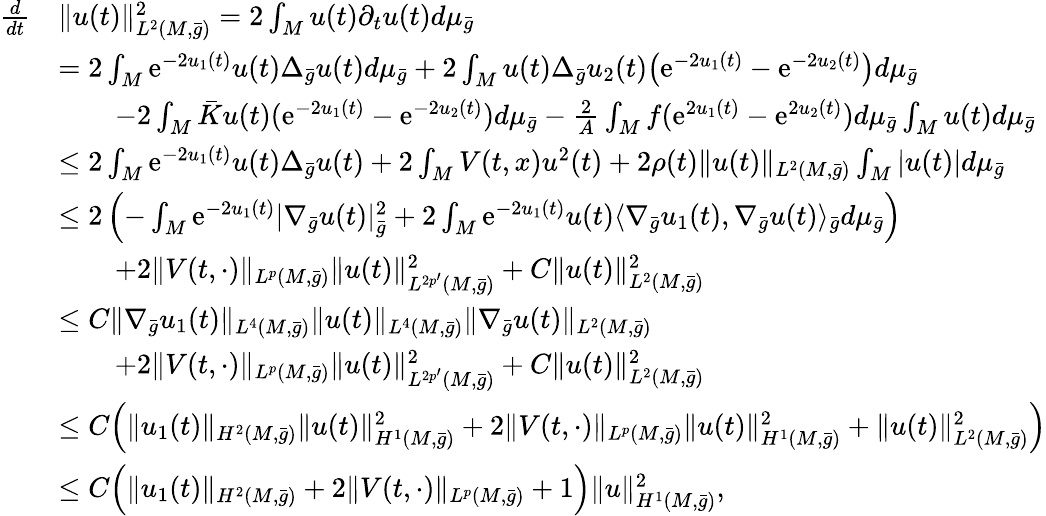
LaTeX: \begin{array}{rl}{\frac{d}{dt}}&{\| u(t)\| _{L^{2}(M,\bar{g})}^{2}=2\int_{M}u(t)\partial_{t}u(t)d\mu_{\bar{g}}}\\ &{=2\int_{M}\mathrm{e}^{-2u_{1}(t)}u(t)\Delta_{\bar{g}}u(t)d\mu_{\bar{g}}+2\int_{M}u(t)\Delta_{\bar{g}}u_{2}(t)\bigl(\mathrm{e}^{-2u_{1}(t)}-\mathrm{e}^{-2u_{2}(t)}\bigr)d\mu_{\bar{g}}}\\ &{\qquad-2\int_{M}\bar{K}u(t)(\mathrm{e}^{-2u_{1}(t)}-\mathrm{e}^{-2u_{2}(t)})d\mu_{\bar{g}}-\frac 2A\int_{M}f(\mathrm{e}^{2u_{1}(t)}-\mathrm{e}^{2u_{2}(t)})d\mu_{\bar{g}}\int_{M}u(t)d\mu_{\bar{g}}}\\ &{\le 2\int_{M}\mathrm{e}^{-2u_{1}(t)}u(t)\Delta_{\bar{g}}u(t)+2\int_{M}V(t,x)u^{2}(t)+2\rho(t)\| u(t)\| _{L^{2}(M,\bar{g})}\int_{M}|u(t)|d\mu_{\bar{g}}}\\ &{\le 2\left(-\int_{M}\mathrm{e}^{-2u_{1}(t)}|\nabla_{\bar{g}}u(t)|_{\bar{g}}^{2}+2\int_{M}\mathrm{e}^{-2u_{1}(t)}u(t)\langle\nabla_{\bar{g}}u_{1}(t),\nabla_{\bar{g}}u(t)\rangle_{\bar{g}}d\mu_{\bar{g}}\right)}\\ &{\qquad+2\| V(t,\cdot)\| _{L^{p}(M,\bar{g})}\| u(t)\| _{L^{2p^{\prime}}(M,\bar{g})}^{2}+C\| u(t)\| _{L^{2}(M,\bar{g})}^{2}}\\ &{\le C\| \nabla_{\bar{g}}u_{1}(t)\| _{L^{4}(M,\bar{g})}\| u(t)\| _{L^{4}(M,\bar{g})}\| \nabla_{\bar{g}}u(t)\| _{L^{2}(M,\bar{g})}}\\ &{\qquad+2\| V(t,\cdot)\| _{L^{p}(M,\bar{g})}\| u(t)\| _{L^{2p^{\prime}}(M,\bar{g})}^{2}+C\| u(t)\| _{L^{2}(M,\bar{g})}^{2}}\\ &{\le C\Bigl(\| u_{1}(t)\| _{H^{2}(M,\bar{g})}\| u(t)\| _{H^{1}(M,\bar{g})}^{2}+2\| V(t,\cdot)\| _{L^{p}(M,\bar{g})}\| u(t)\| _{H^{1}(M,\bar{g})}^{2}+\| u(t)\| _{L^{2}(M,\bar{g})}^{2}\Bigr)}\\ &{\le C\Bigl(\| u_{1}(t)\| _{H^{2}(M,\bar{g})}+2\| V(t,\cdot)\| _{L^{p}(M,\bar{g})}+1\Bigr)\| u\| _{H^{1}(M,\bar{g})}^{2},}\end{array}